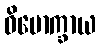
ဝိမောက္ခာယ